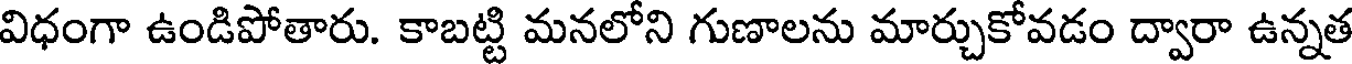
విధంగా ఉండిపోతారు. కాబట్టి మనలోని గుణాలను మార్చుకోవడం ద్వారా ఉన్నత